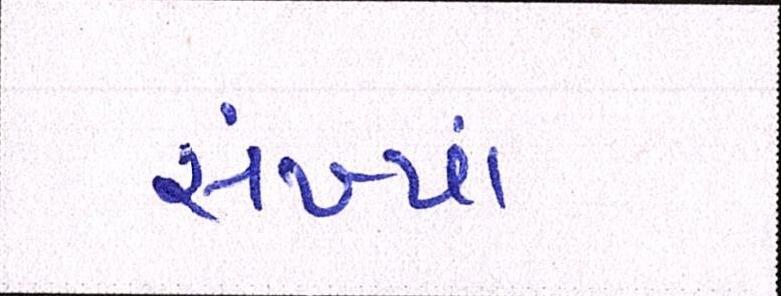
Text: સંખ્યાં